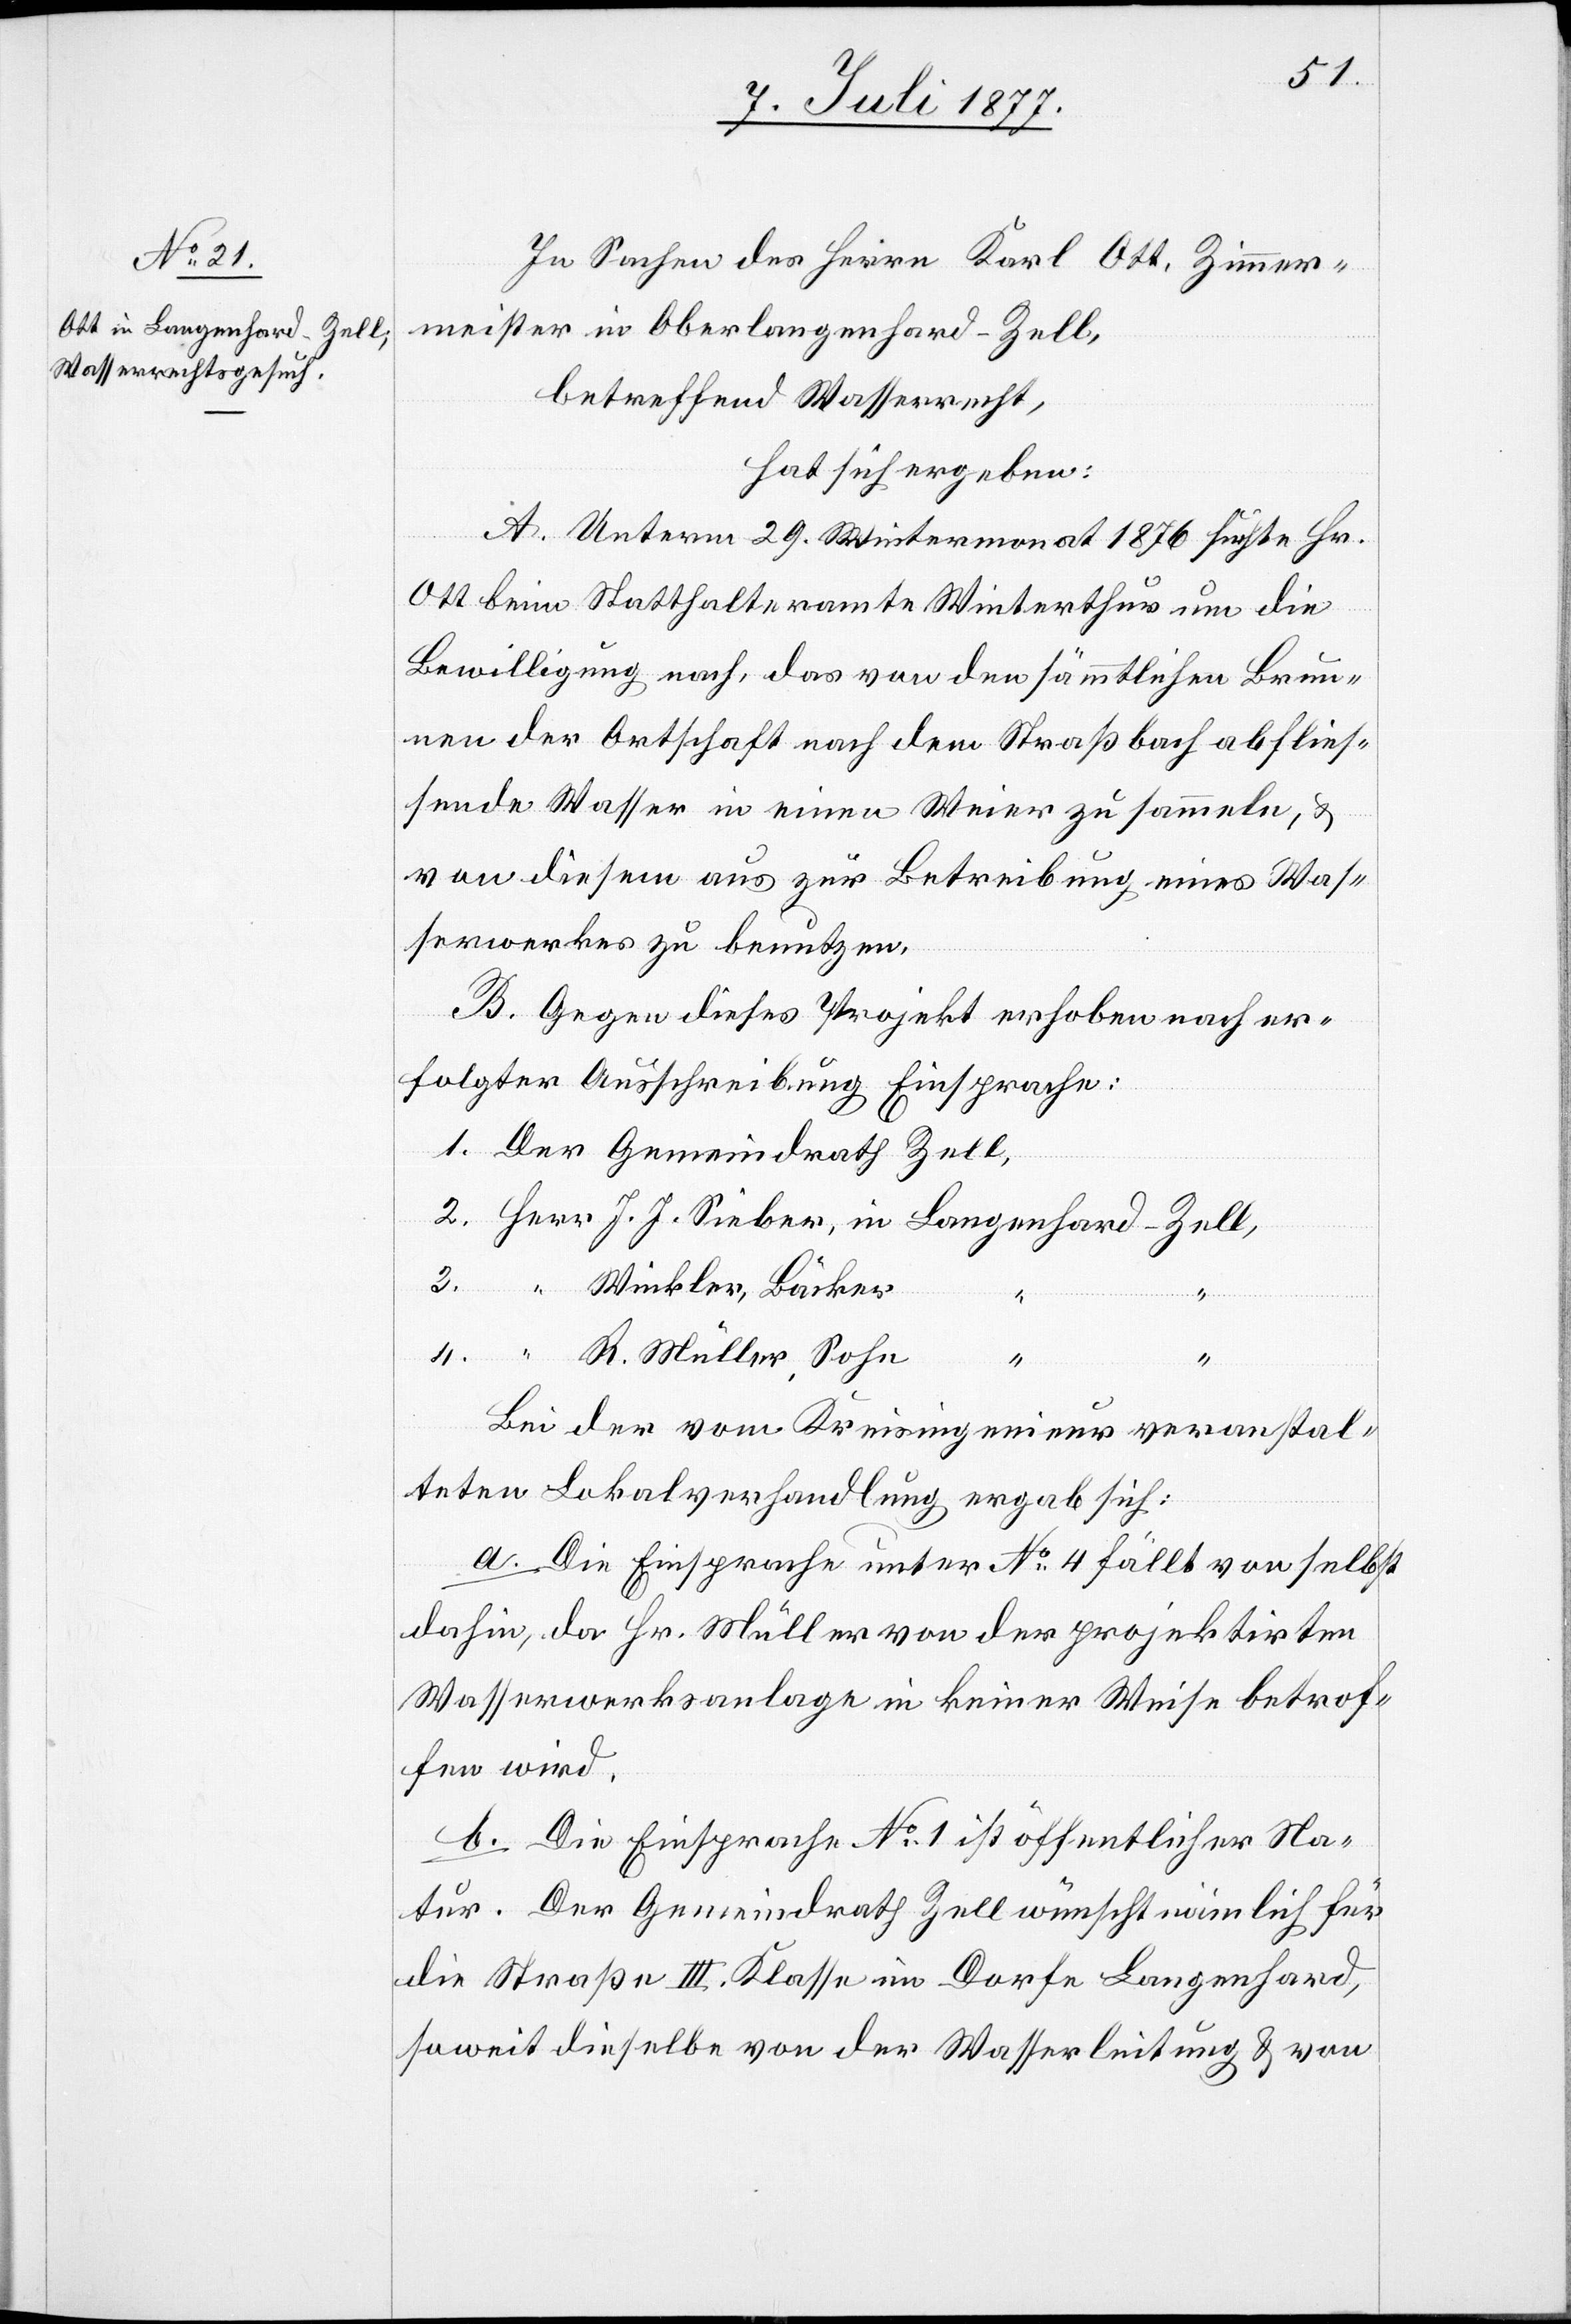
In Sachen des Herrn Karl Ott, Zimmer¬
meister in Oberlangenhard - Zell,
betreffend Wasserrecht,
hat sich ergeben:
A. Unterm 29. Wintermonat 1876 suchte Hr.
Ott beim Statthalteramte Winterthur um die
Bewilligung nach, das von den sämmtlichen Brun¬
nen der Ortschaft nach dem Straßbach abflies¬
sende Wasser in einen Weier zu sammeln, &
von diesem aus zur Betreibung eines Was¬
serwerkes zu benutzen.
B. Gegen dieses Projekt erhoben nach er¬
folgter Ausschreibung Einsprache:
1. Der Gemeindrath Zell,
2. Herr J. J. Sieber, in Langenhard - Zell,
3. “ Winkler, Bäcker
4. “ R. Müller, Sohn
“
“
Bei der vom Kreisingenieur veranstal¬
teten Lokalverhandlung ergab sich:
a. Die Einsprache unter No 4 fällt von selbst
dahin, da Hr. Müller von der projektirten
Wasserwerksanlage in keiner Weise betrof¬
fen wird.
b. Die Einsprache No 1 ist öffentlicher Na¬
tur. Der Gemeindrath Zell wünscht nämlich für
die Straße III. Klasse im Dorfe Langenhard,
soweit dieselbe von der Wasserleitung & von